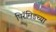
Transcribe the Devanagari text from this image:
पिरॅमिडच्या